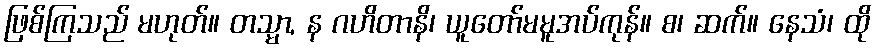
ဖြစ်ကြသည် မဟုတ်။ တသ္မာ, န ဂဟိတာနိ၊ ယူတော်မမူအပ်ကုန်။ စ၊ ဆက်။ နေသံ၊ ထို